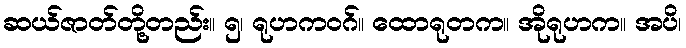
ဆယ်ဇာတ်တို့တည်း။ ၅၊ ရုဟကဝဂ်။ ထောရုတက။ အိုရုဟက။ အပိ၊